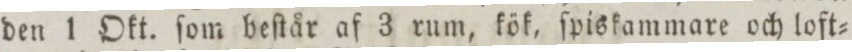
den 1 Okt. ſom beſtår af 3 rum, kök, ſpiskammare och loft=